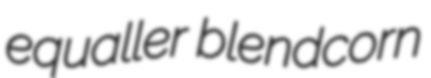
equaller blendcorn